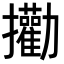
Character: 𪯄